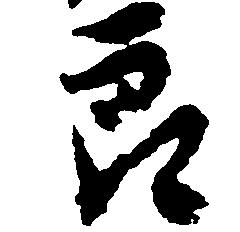
郎